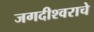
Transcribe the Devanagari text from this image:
जगदीश्वराचे